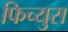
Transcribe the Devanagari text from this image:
फिच्युरा